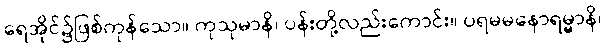
ရေအိုင်၌ဖြစ်ကုန်သော။ ကုသုမာနိ၊ ပန်းတို့လည်းကောင်း။ ပရမမနောရမ္မာနိ၊